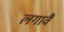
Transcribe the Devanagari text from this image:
लगावैं